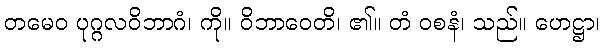
တမေဝ ပုဂ္ဂလဝိဘာဂံ၊ ကို။ ဝိဘာဝေတိ၊ ၏။ တံ ဝစနံ၊ သည်။ ဟေဋ္ဌာ၊